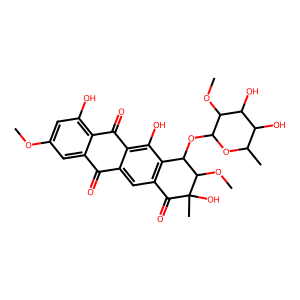
SMILES: COc1cc(O)c2c(c1)C(=O)c1cc3c(c(O)c1C2=O)C(OC1OC(C)C(O)C(O)C1OC)C(OC)C(C)(O)C3=O
Inhibits HIV replication: No